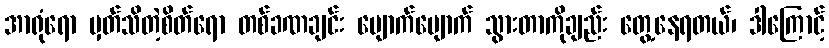
အာရုံရော မှတ်သိတဲ့စိတ်ရော တစ်ခဏချင်း ပျောက်ပျောက် သွားတာကိုချည်း တွေ့နေရတယ်၊ ဒါကြောင့်